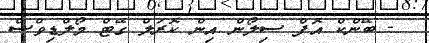
- ބޭންކް އޮފް ސިލޯން އިން ކޮރަލް ގޭޓް މޯލްޑިވްސް